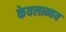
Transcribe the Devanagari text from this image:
केवलान्वय